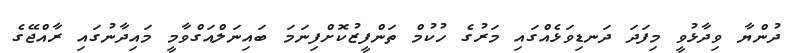
ދުންޔާ ވިދާޅުވީ މިފަދަ ދަނޑިވަޅެއްގައި މަރުގެ ހުކުމް ތަންފީޒުކޮށްފިނަމަ ބައިނަލްއަގްވާމީ މައިދާނުގައި ރާއްޖޭގެ